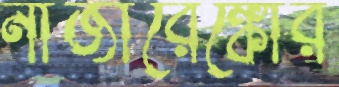
নাজারেঙ্কোর